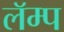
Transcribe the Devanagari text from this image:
लॅम्प